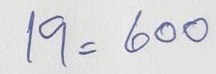
19 = 600